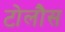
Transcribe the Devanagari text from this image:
टोलौस